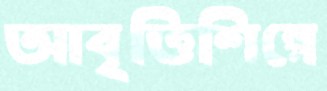
আবৃত্তিশিল্পে